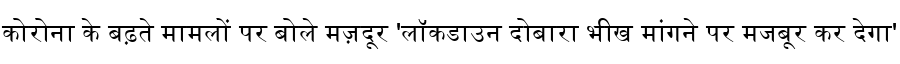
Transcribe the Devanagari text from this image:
कोरोना के बढ़ते मामलों पर बोले मज़दूर 'लॉकडाउन दोबारा भीख मांगने पर मजबूर कर देगा'